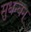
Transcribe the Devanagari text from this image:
सुधन्वन्‌